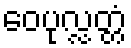
ဝေပုလ္လတ္တံ